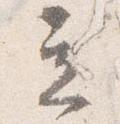
立